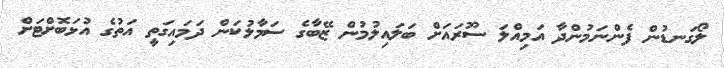
ލޯގަނޑުން ފެންނަމުންދާ އަމިއްލަ ސޫރައަށް ބަލައިލުމުން ޒޭބާގެ ސަމާލުކަން ދަމައިގަތީ އަތުގެ އުޅަބޮށްޓަށް